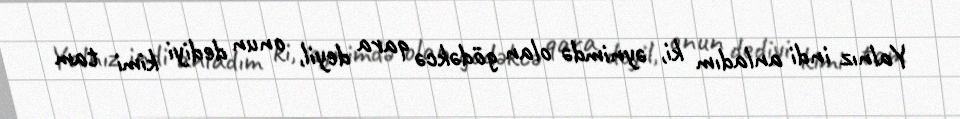
Yalnız indi anladım ki, əynimdə olan gödəkcə qara deyil, onun dediyi kimi tam